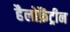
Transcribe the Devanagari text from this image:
हैलोफ़ैंट्रीन